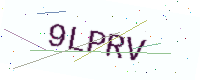
Text: 9LPRV